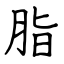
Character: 脂